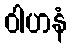
ဝါဟနံ